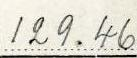
129.46